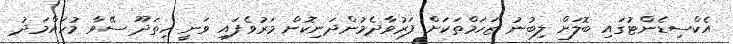
އެކްސިޑެންޓުގައި ބޮލަށް ލިބުނު ޒަހަމްތަކަށް ފަރުވާދެމުންދަނިކޮށް މަރުވެފައި ވަނީ ހިތަދޫ ސޭވާ މުހައްމަދު